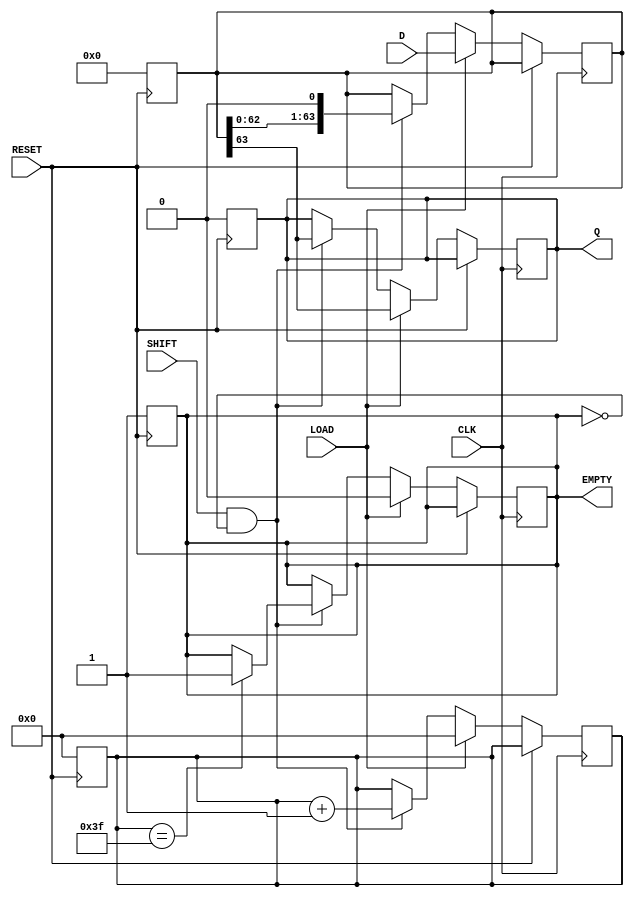
module piso_register (
    input wire [63:0] D,         // 64-bit data input
    input wire LOAD,             // Load control signal
    input wire SHIFT,            // Shift control signal
    input wire CLK,              // Clock signal
    input wire RESET,            // Asynchronous reset
    output reg Q,                // Serial output
    output reg EMPTY             // Empty status signal
);

    reg [63:0] shift_reg;        // 64-bit shift register
    reg [5:0] shift_count;       // Counter to track shifted bits

    // Asynchronous reset
    always @(posedge RESET) begin
        shift_reg <= 64'b0;      // Clear the register
        Q <= 1'b0;               // Clear the serial output
        EMPTY <= 1'b1;           // Register is empty after reset
        shift_count <= 6'b0;     // Reset the shift counter
    end

    // Main logic for loading and shifting
    always @(posedge CLK) begin
        if (RESET) begin
            // Reset state is handled outside
        end
        else if (LOAD) begin
            // Load data into the shift register
            shift_reg <= D;        // Load data on LOAD signal
            Q <= shift_reg[63];    // Output the MSB
            EMPTY <= 1'b0;         // Register is not empty after loading
            shift_count <= 6'b0;   // Reset shift count on load
        end
        else if (SHIFT && !EMPTY) begin
            // Shift data out serially, if not empty
            Q <= shift_reg[63];    // Output the MSB
            shift_reg <= {shift_reg[62:0], 1'b0}; // Shift left, filling the LSB with 0
            shift_count <= shift_count + 1;  // Increment the shift count

            // Check if register is empty after shifting
            if (shift_count == 6'd63) begin
                EMPTY <= 1'b1;       // Register is now empty after last shift
            end
        end
    end
endmodule